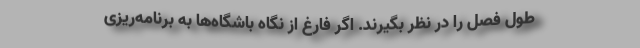
طول فصل را در نظر بگیرند. اگر فارغ از نگاه باشگاه‌ها به برنامه‌ریزی